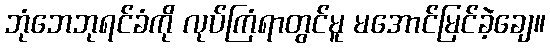
ဘုံဘေဘုရင်ခံကို လုပ်ကြံရာတွင်မူ မအောင်မြင်ခဲ့ချေ။